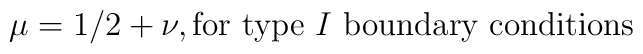
\mu = 1/2 + \nu, \mbox{for type $I$ boundary conditions}